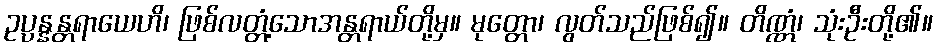
ဥပ္ပန္နန္တရာယေဟိ၊ ဖြစ်လတ္တံ့သောအန္တရာယ်တို့မှ။ မုတ္တော၊ လွတ်သည်ဖြစ်၍။ တိဏ္ဏံ၊ သုံးဦးတို့၏။